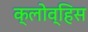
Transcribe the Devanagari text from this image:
क्लोव्हिस